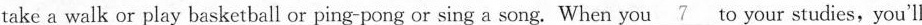
take a walk or play basketball or ping-pong or sing a song. When you \underline{7} to your studies, you'll